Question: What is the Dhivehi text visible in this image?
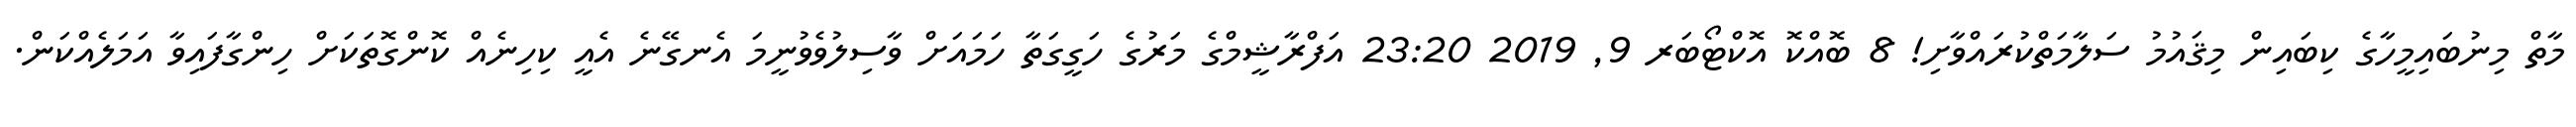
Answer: މާތް މިނުބައިމީހާގެ ކިބައިން މިޤައުމު ސަލާމަތްކުރައްވާށި! 8 ބޮއްކޮ އޮކްޓޯބަރ 9, 2019 23:20 އަފްރާޝީމްގެ މަރުގެ ހަގީގަތާ ހަމައަށް ވާސިލުވެވުނީމަ އެނގޭނެ އެއީ ކިހިނެއް ކޮންގޮތަކަށް ހިންގާފައިވާ އަމަލެއްކަން.